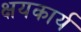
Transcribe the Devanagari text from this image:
क्षयकार्य